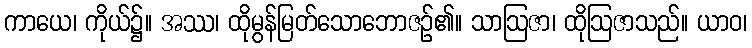
ကာယေ၊ ကိုယ်၌။ အဿ၊ ထိုမွန်မြတ်သောဘောဇဉ်၏။ သာဩဇာ၊ ထိုဩဇာသည်။ ယာဝ၊